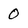
Character: 0